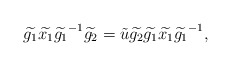
\begin{align*} \widetilde{g_1}\widetilde{x_1}\widetilde{g_1}^{-1}\widetilde{g_2}=\tilde{u}\widetilde{g_2}\widetilde{g_1}\widetilde{x_1}\widetilde{g_1}^{-1},\end{align*}